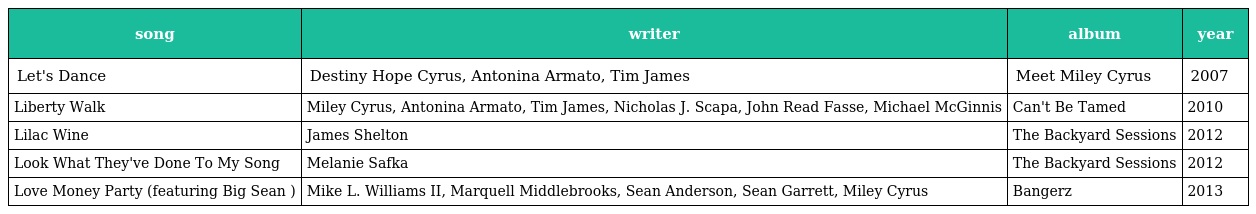
| song | writer | album | year |
 | --- | --- | --- | --- |
 | Let's Dance | Destiny Hope Cyrus, Antonina Armato, Tim James | Meet Miley Cyrus | 2007 |
 | Liberty Walk | Miley Cyrus, Antonina Armato, Tim James, Nicholas J. Scapa, John Read Fasse, Michael McGinnis | Can't Be Tamed | 2010 |
 | Lilac Wine | James Shelton | The Backyard Sessions | 2012 |
 | Look What They've Done To My Song | Melanie Safka | The Backyard Sessions | 2012 |
 | Love Money Party (featuring Big Sean ) | Mike L. Williams II, Marquell Middlebrooks, Sean Anderson, Sean Garrett, Miley Cyrus | Bangerz | 2013 |